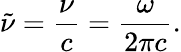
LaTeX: {\tilde{\nu}}={\frac{\nu}{c}}={\frac{\omega}{2\pi c}}.